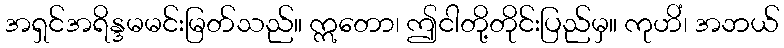
အရှင်အရိန္ဒမမင်းမြတ်သည်။ ဣတော၊ ဤငါတို့တိုင်းပြည်မှ။ ကုဟိံ၊ အဘယ်